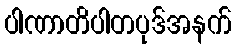
ပါဏာတိပါတပုဒ်အနက်